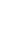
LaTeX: I\! \! \! \! \! \! \! \! \! \! \! \! _{\! \! \! \! \! \! \! \! \! \! \! \! \alpha\! \! \! \! \! \! \! \! \! \! \! \! (\! \! \! \! \! \! \! \! \! \! \! \! \gamma\! \! \! \! \! \! \! \! \! \! \! \! )}\! \! \! \! \! \! \! \! \! \! \! \! (\! \! \! \! \! \! \! \! \! \! \! \! \alpha\! \! \! \! \! \! \! \! \! \! \! \! _{\! }\! \! \! \! \! \! \! \! \! \! \! *A\! \! \! \! \! \! \! \! \! \! \! \! )\! \! \! \! \! \! \! \! \! \! \! \! =W\! \! \! \! \! \! \! \! \! \! \! \! (\! \! \! \! \! \! \! \! \! \! \! \! \Gamma\! \! \! \! \! \! \! \! \! \! \! \! ^{\! }\! \! \! \! \! \! \! \! \! \! \! *\! \! \! \! \! \! \! \! \! \! \! \! )\! \! \! \! \! \! \! \! \! \! \! \! =W\! \! \! \! \! \! \! \! \! \! \! \! (\! \! \! \! \! \! \! \! \! \! \! \! \Gamma\! \! \! \! \! \! \! \! \! \! \! \! )\! \! \! \! \! \! \! \! \! \! \! \! =I\! \! \! \! \! \! \! \! \! \! \! \! _{\! \! \! \! \! \! \! \! \! \! \! \! \gamma}\! \! \! \! \! \! \! \! \! \! \! \! (A\! \! \! \! \! \! \! \! \! \! \! \! )\! \! \! \! \! \! \! \! \! \! \! \! .\! \! \! \! \! \! \! \! \! \! \!